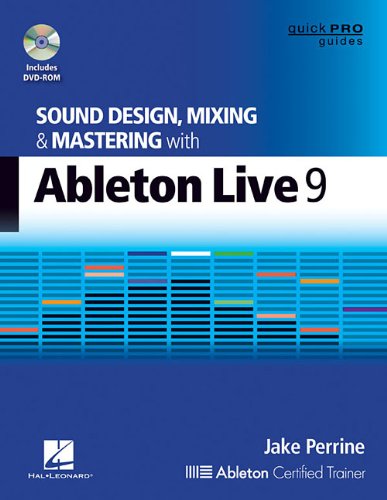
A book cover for Sound Design, Mixing and Mastering with Ableton Live 9 (Quick Pro Guides); Jake Perrine; Arts & Photography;